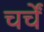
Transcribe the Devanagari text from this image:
चर्चें